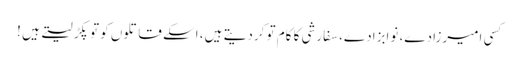
کسی امیرزادے، نوابزادے، سفارشی کا کام تو کردیتے ہیں، اسکے قاتلوں کو تو پکڑ لیتے ہیں !